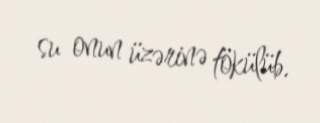
su onun üzərinə tökülüb.